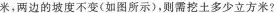
米，两边的坡度不变(如图所示)，则需挖土多少立方米?